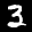
Label: 3